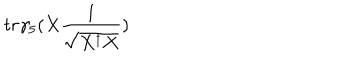
t r \gamma _ { 5 } ( X \frac { 1 } { \sqrt { X ^ { \dagger } X } } )